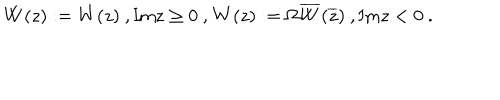
LaTeX: \mathbf { W } ( z ) : = W ( z ) \ , \mathrm { I m } z \geq 0 \ , \mathbf { W } ( z ) : = \Omega \overline { { { W } } } ( \overline { { { z } } } ) \ , \mathrm { I m } z < 0 \ .